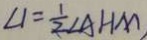
\angle 1 = \frac { 1 } { 2 } \angle A H M